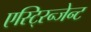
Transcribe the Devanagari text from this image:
एस्टि्रन्जेन्ट